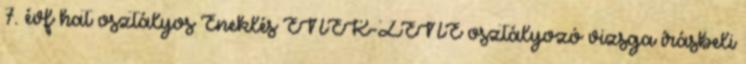
7. évf hat osztályos Éneklés ÉNEK-ZENE osztályozó vizsga írásbeli